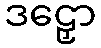
ဒဠှော